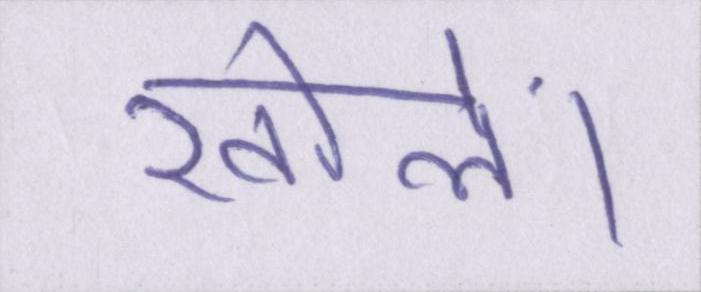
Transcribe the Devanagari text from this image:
खोलें।